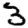
Digit: 3